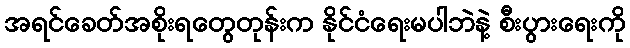
အရင်ခေတ်အစိုးရတွေတုန်းက နိုင်ငံရေးမပါဘဲနဲ့ စီးပွားရေးကို